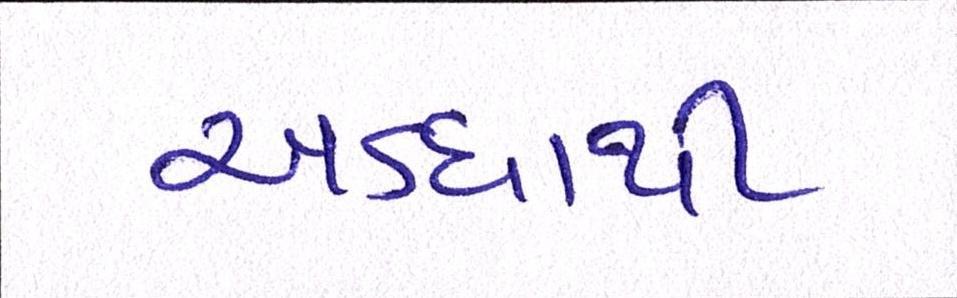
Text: અડધાથી